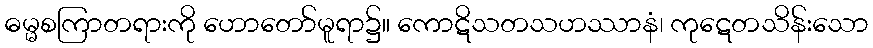
ဓမ္မစကြာတရားကို ဟောတော်မူရာ၌။ ကောဋိသတသဟဿာနံ၊ ကုဋေတသိန်းသော